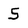
Character: 5